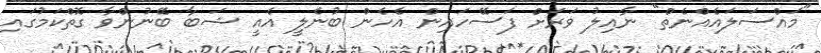
"މައްސަލައެއްނެތް" ނާއިލު ވަރަށް ފަސޭހައިން އެހެން ބުނެލީ އެއީ ޝަބާ ބޭނުންވާ ގޮތްކަމުގައި